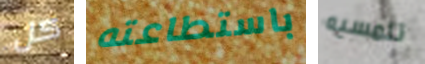
كل باستطاعته تلمسيه